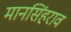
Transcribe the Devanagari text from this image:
मानसिंहराव